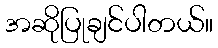
အဆိုပြုချင်ပါတယ်။